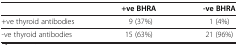
|  | +ve BHRA | -ve BHRA |
 | --- | --- | --- |
 | +ve thyroid antibodies | 9 (37%) | 1 (4%) |
 | -ve thyroid antibodies | 15 (63%) | 21 (96%) |